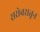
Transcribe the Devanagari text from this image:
सरोवरातून